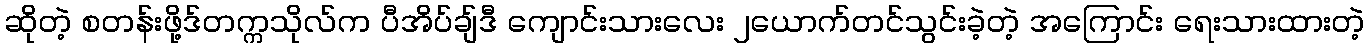
ဆိုတဲ့ စတန်းဖို့ဒ်တက္ကသိုလ်က ပီအိပ်ချ်ဒီ ကျောင်းသားလေး ၂ယောက်တင်သွင်းခဲ့တဲ့ အကြောင်း ရေးသားထားတဲ့